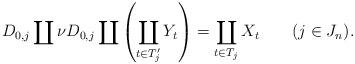
LaTeX: \begin{align*} D_{0,j} \coprod \nu D_{0,j} \coprod \left(\coprod_{t \in T_j'} Y_t\right)=\coprod_{t \in T_j}X_t \qquad(j \in J_n).\end{align*}